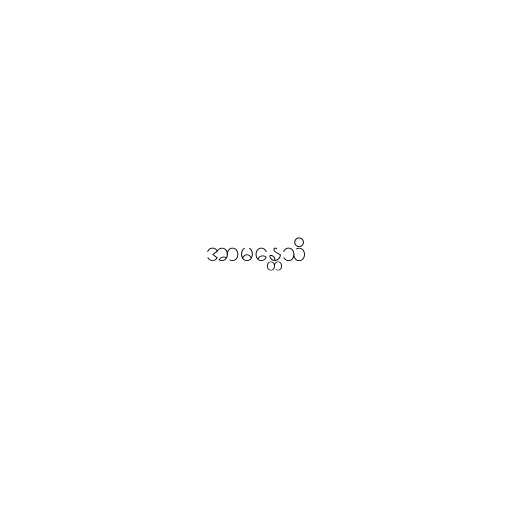
အာမန္တေသိ